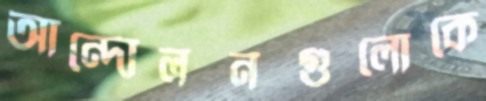
আন্দোলনগুলোকে